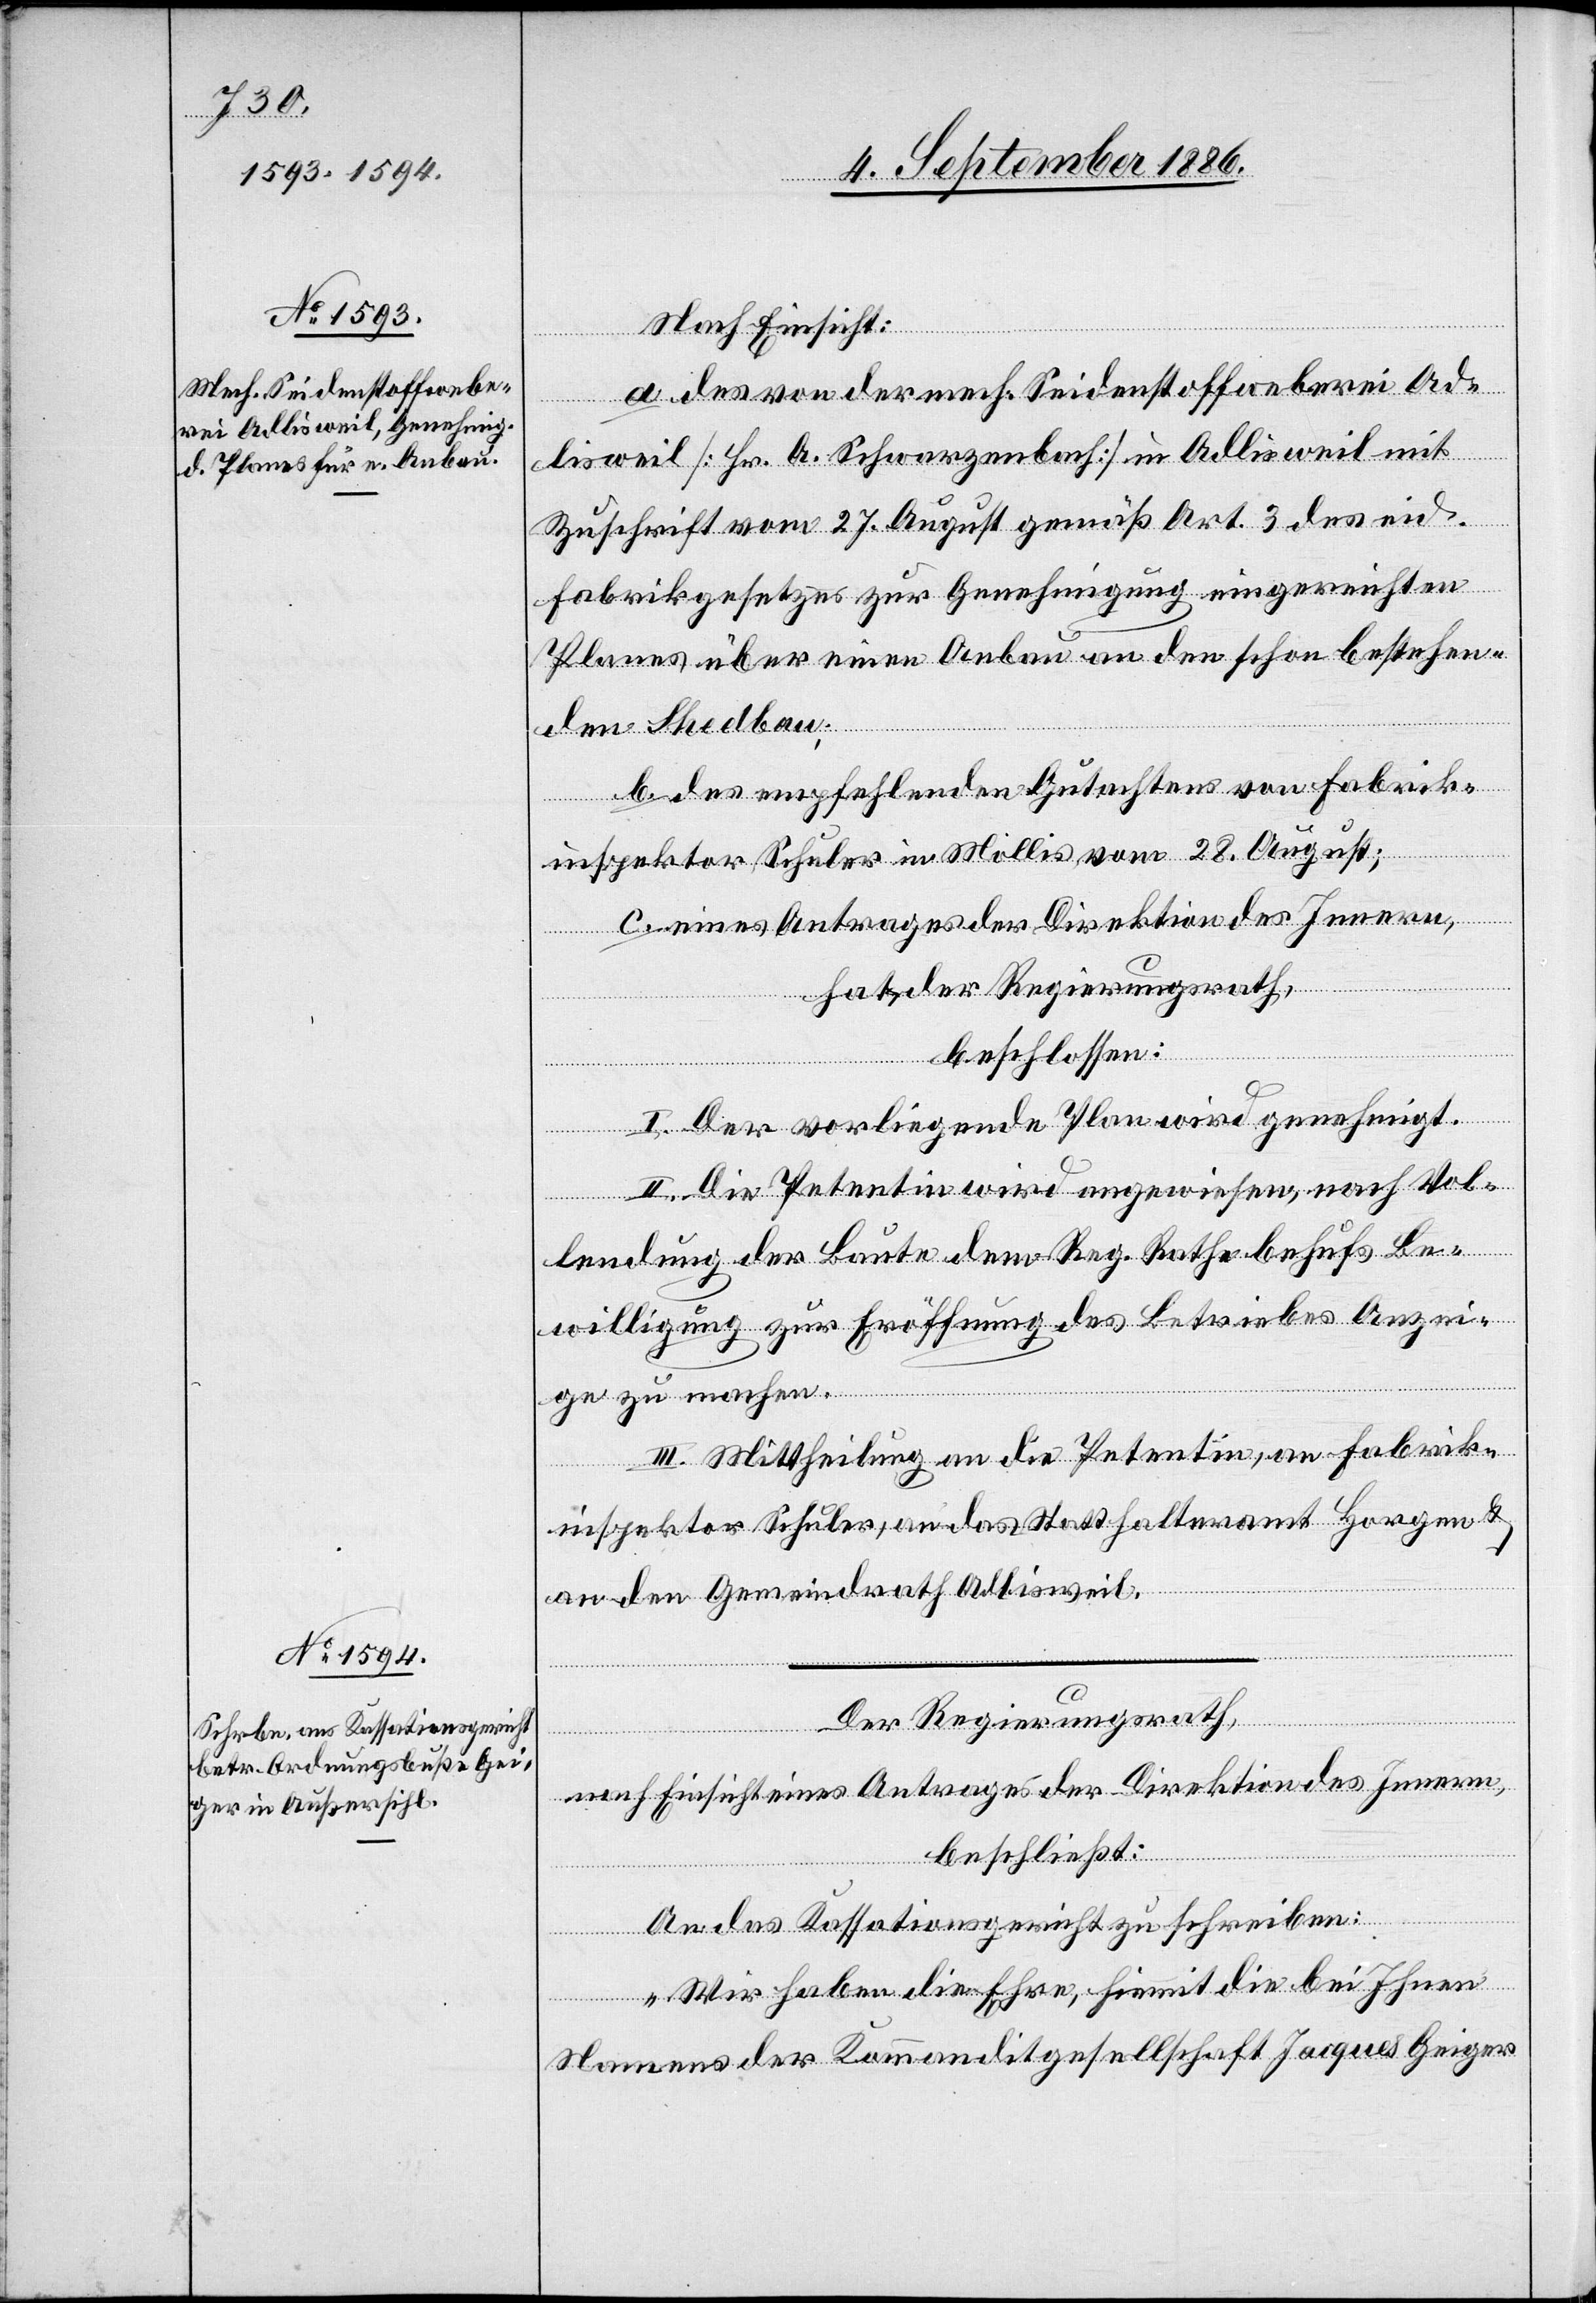
Nach Einsicht:
a. des von der mech. Seidenstoffweberei Ad¬
lisweil [Hr. A. Schwarzenbach] in Adlisweil mit
Zuschrift vom 27. August gemäß Art. 3 des eid.
Fabrikgesetzes zur Genehmigung eingereichten
Planes über einen Anbau an den schon bestehen¬
den Shedbau;
b. des empfehlenden Gutachtens von Fabrik¬
inspektor Schuler in Mollis vom 28. August;
c. eines Antrages der Direktion des Innern,
hat der Regierungsrath,
beschlossen:
I. Der vorliegende Plan wird genehmigt.
II. Die Petentin wird angewiesen, nach Vol¬
lendung der Baute dem Reg. Rathe behufs Be¬
willigung zur Eröffnung des Betriebes Anzei¬
ge zu machen.
III. Mittheilung an die Petentin, an Fabrik¬
inspektor Schuler, an das Statthalteramt Horgen &
an den Gemeindrath Adlisweil.
Der Regierungsrath,
nach Einsicht eines Antrages der Direktion des Innern,
beschließt:
An das Kassationsgericht zu schreiben:
„Wir haben die Ehre, hiemit die bei Ihnen
Namens der Kommanditgesellschaft Jacques Geiger